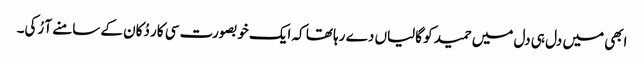
ابھی میں دل ہی دل میں حمید کو گالیاں دے رہا تھا کہ ایک خوبصورت سی کار دُکان کے سامنے آ رُکی۔